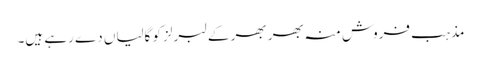
مذہب فروش منہ بھر بھر کے لبرلز کو گالیاں دے رہے ہیں۔